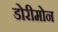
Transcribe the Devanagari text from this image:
डोरीमोन